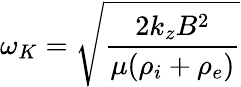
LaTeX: \omega_{K}={\sqrt{\frac{2k_{z}B^{2}}{\mu(\rho_{i}+\rho_{e})}}}